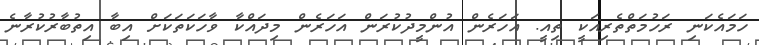
ހަމައެކަނި ރަހުމަތްތެރިއަކީ ތިއީ. އަހަރެން އުންމީދުކުރަން އަހަރެން މިދައްކާ ވާހަކަތަކަށް އިބާ އިތުބާރުކުރާނެ